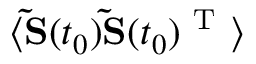
\langle \mathbf { \widetilde { S } } ( t _ { 0 } ) \mathbf { \widetilde { S } } ( t _ { 0 } ) ^ { \mathrm { ~ T ~ } } \rangle